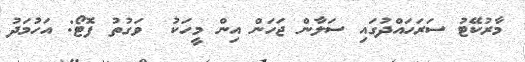
މާރުކޭޓު ސަރަހައްދުގައި ސަލާން ޖަހަން އިން މީހަކު  ވަގުތު ފޮޓޯ: އަހުމަދު